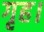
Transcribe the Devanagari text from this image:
गृह।